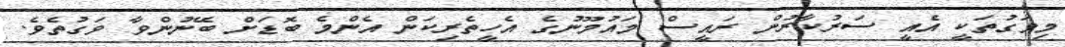
މިވަގުތަކީ އެއީ ސަރުކާރުން ރައީސް މައުމޫނުގެ އެހީތެރިކަން އެންމެ ބޮޑަށް ބޭނުންވާ ވަގުތެވެ.